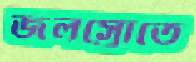
জলস্রোতে